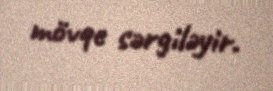
mövqe sərgiləyir.